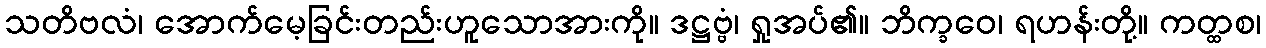
သတိဗလံ၊ အောက်မေ့ခြင်းတည်းဟူသောအားကို။ ဒဋ္ဌဗ္ဗံ၊ ရှုအပ်၏။ ဘိက္ခဝေ၊ ရဟန်းတို့။ ကတ္ထစ၊